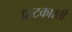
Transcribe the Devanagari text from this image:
फ़टकारती